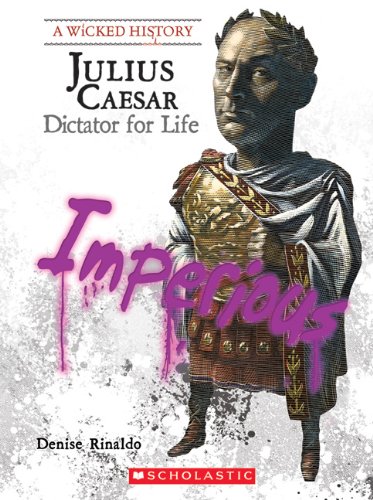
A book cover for Julius Caesar: Dictator for Life (Wicked History); Denise Rinaldo; Teen & Young Adult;